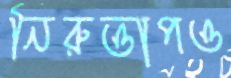
নিরুত্তাপও